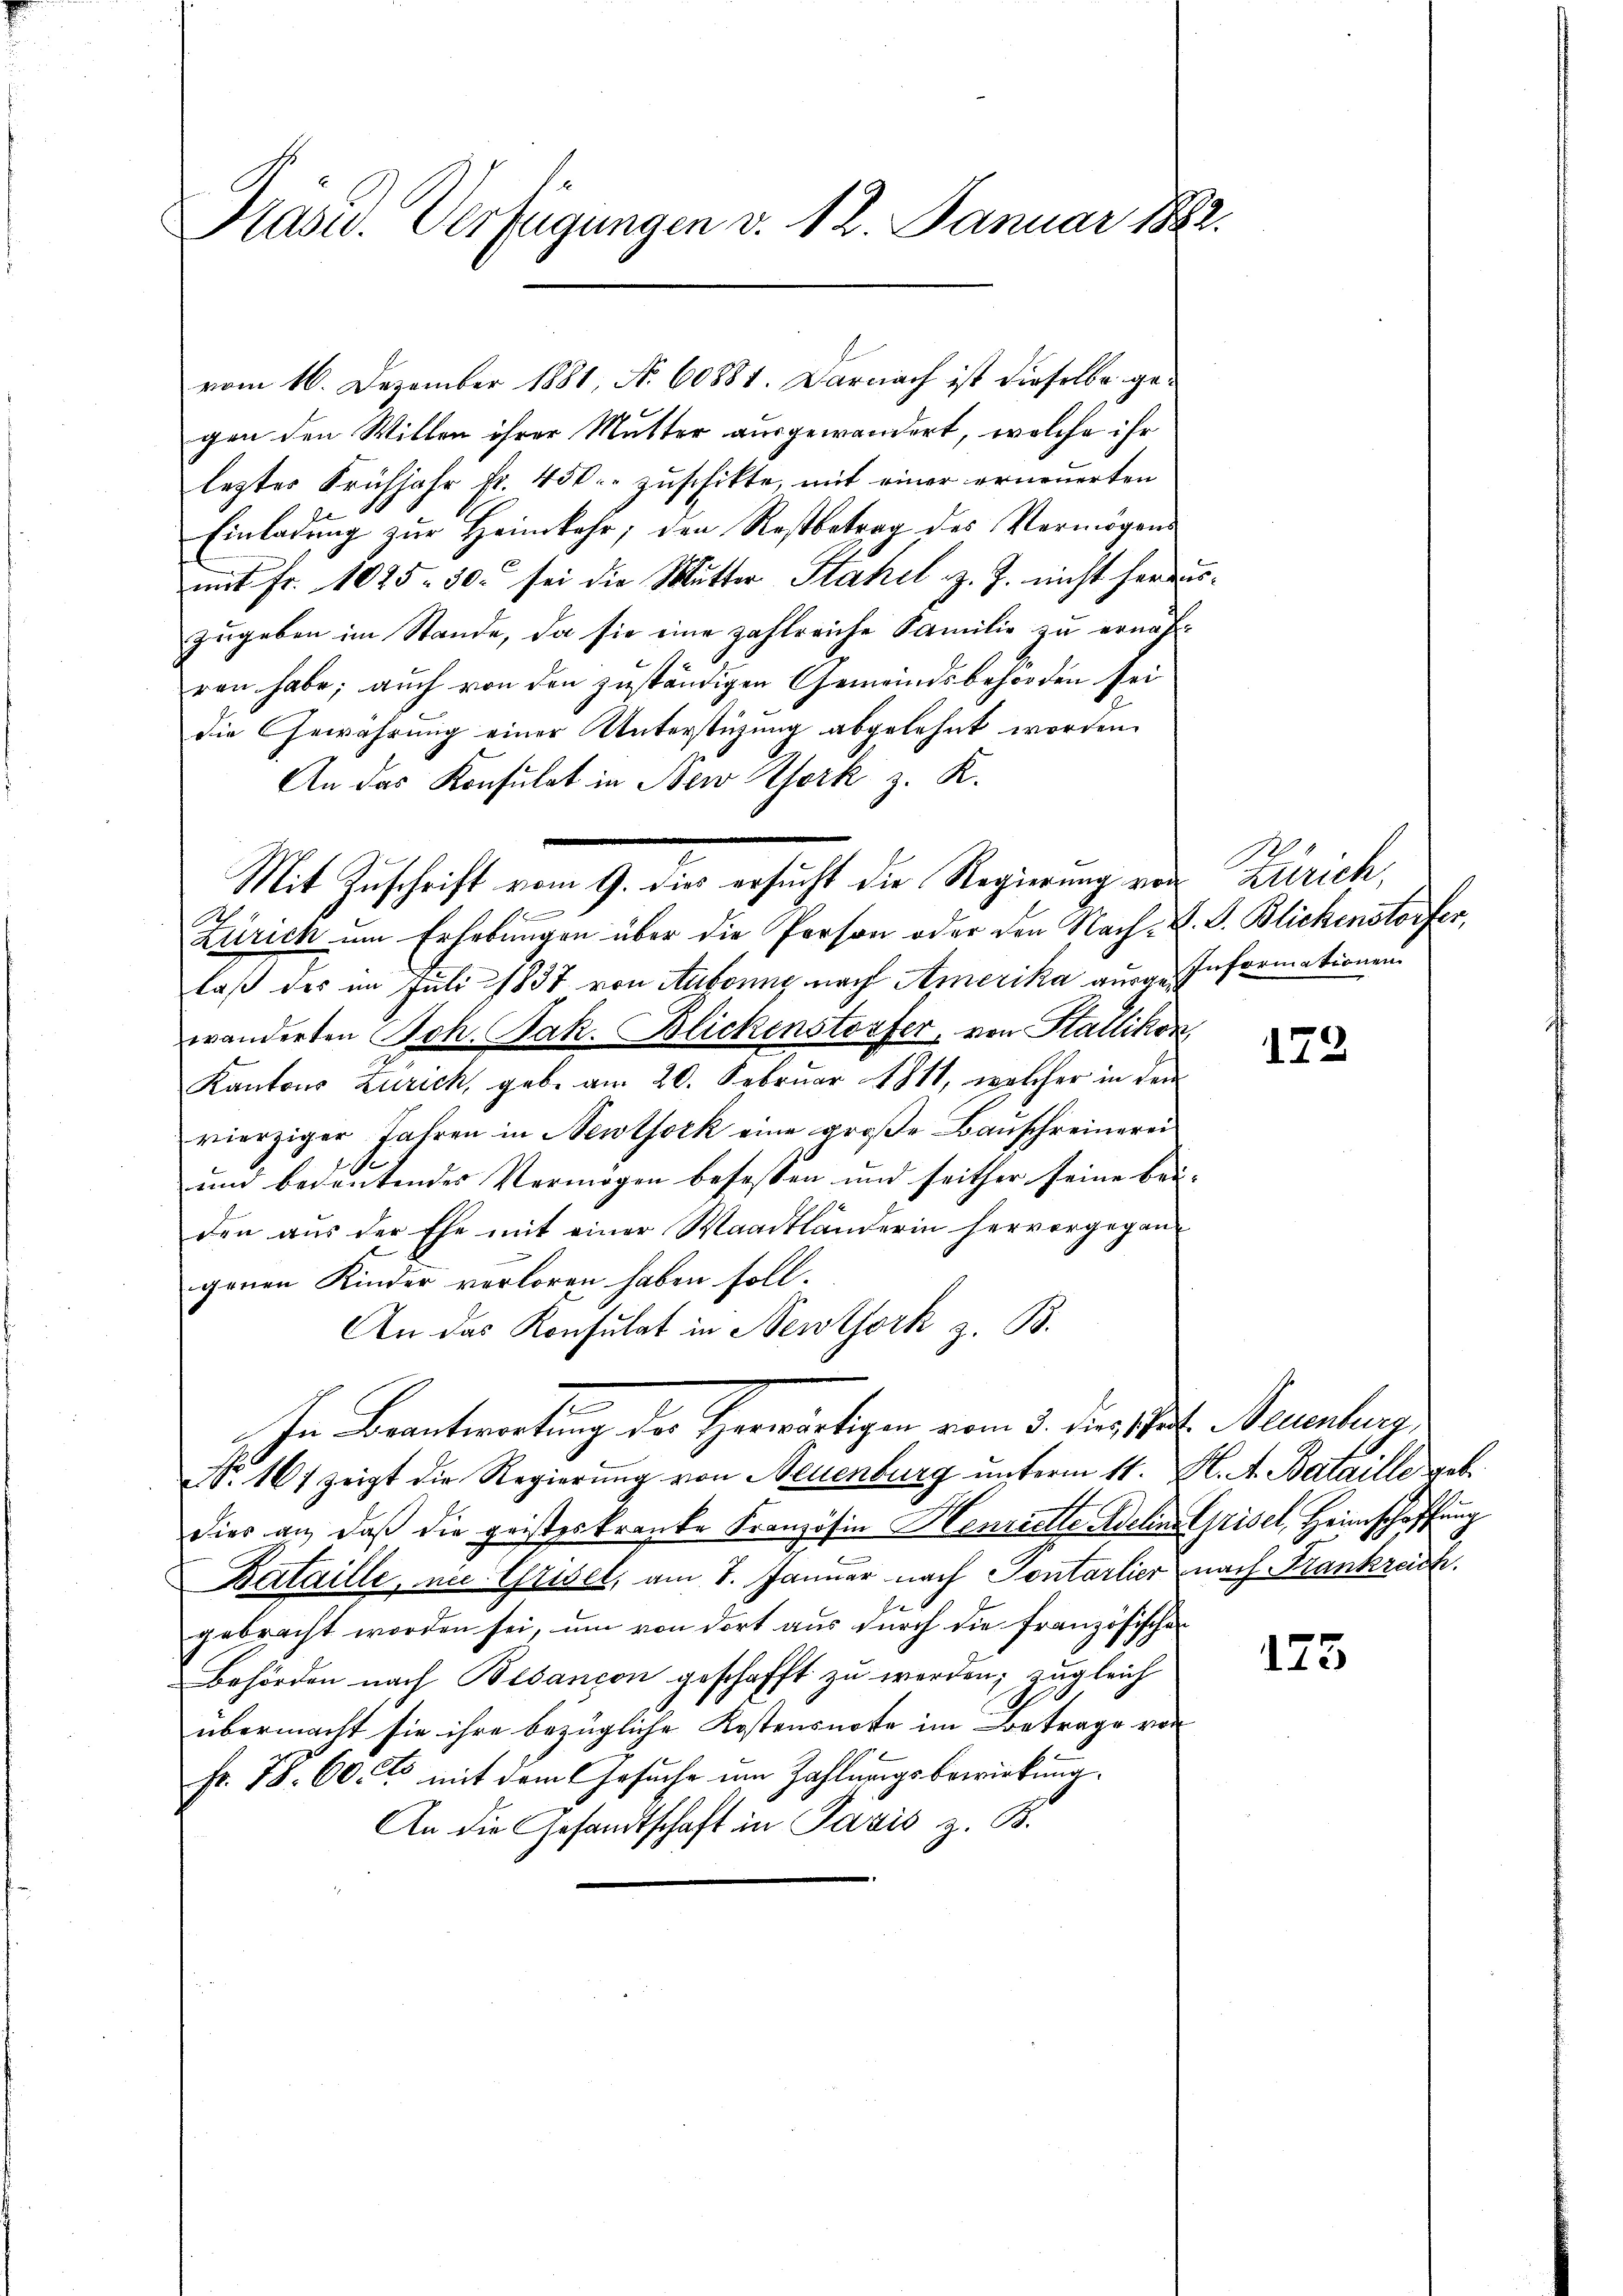
Pasu. Verfügungen v. 12. Januar 1882.

gen den Willen ihrer Mutter ausgewandert, welche ihr
leztes Frühjahr fr. 450. zuschikte, mit einer erneuerten
Einladung zur Heimkehr; den Restbetrag des Vermögens
E
mit Fr. 1025. 30. sei die Mutter Stahel z. Z. nicht herauszugeben im Stande, da sie eine zahlreiche Familie zu ernächren habe; auch von den zuständigen Gemeindsbehörden sei
die Gewährung einer Unterstüzung abgelehnt worden.
An das Konsulat in New York z. K.
Zürich um Erhebungen über die Person oder den Nach-V. S. Blickenstorfer,
laß des im Juli 1837 von Ausrung nach Amerika ausge Informationen
wänderten Joh. Jak. Blickenstorfer, von Stallikon,
Kantons Zürich, geb. am 20. Februar 1811, welcher in dem
vierziger Jahren in Newtork eine große Bauschreinerei
und bedeutendes Vermögen befassen und seither seine bei- |
den aŭs der Ehe mit einer Waadtländerin hervorgegan-
genen Kinder verloren haben soll.
An das Konsulat in Newtork z. B.
schen Beantwortung der Herwärtigen vom 3. dies St. Neuenburg,
Nr. 167 zeigt die Regierung von Neuenburg unterm 11. M. A. Bataille geb.
dies an, daß die geisteskranke Französin Henrielle Adelins Grisel, Heimschaffung
Bataille, in Grisel, am 7. Januar nach Sentarlier nach Frankreich.
gebracht worden sei, um von dort aus durch die französischen
Behörden nach Besançon geschafft zu werden; zugleich
übermacht sie ihre bezügliche Kostensnote im Betrage von
Fr. 78. 60. 15 mit dem Gesuche um Zahlungsbewirkung.
An die Gesandtschaft in Paris z. B.

vom 16. Dezember 1881, No 60881. Darnach ist dieselbe ge¬

Mit Zuschrift vom 9. dies ersucht die Regierung von Zürich,

172

175